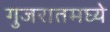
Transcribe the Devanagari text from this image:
गुजरातमघ्ये